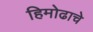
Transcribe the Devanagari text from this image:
हिमोढाचे